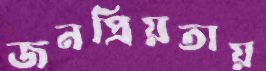
জনপ্রিয়তায়